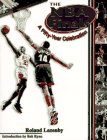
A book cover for The NBA Finals: A Fifty Year Celebration; Roland Lazenby; Sports & Outdoors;